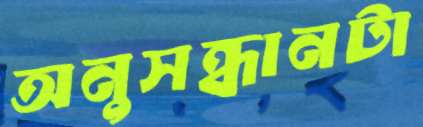
অনুসন্ধানটা